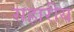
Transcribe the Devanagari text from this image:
सहारीय